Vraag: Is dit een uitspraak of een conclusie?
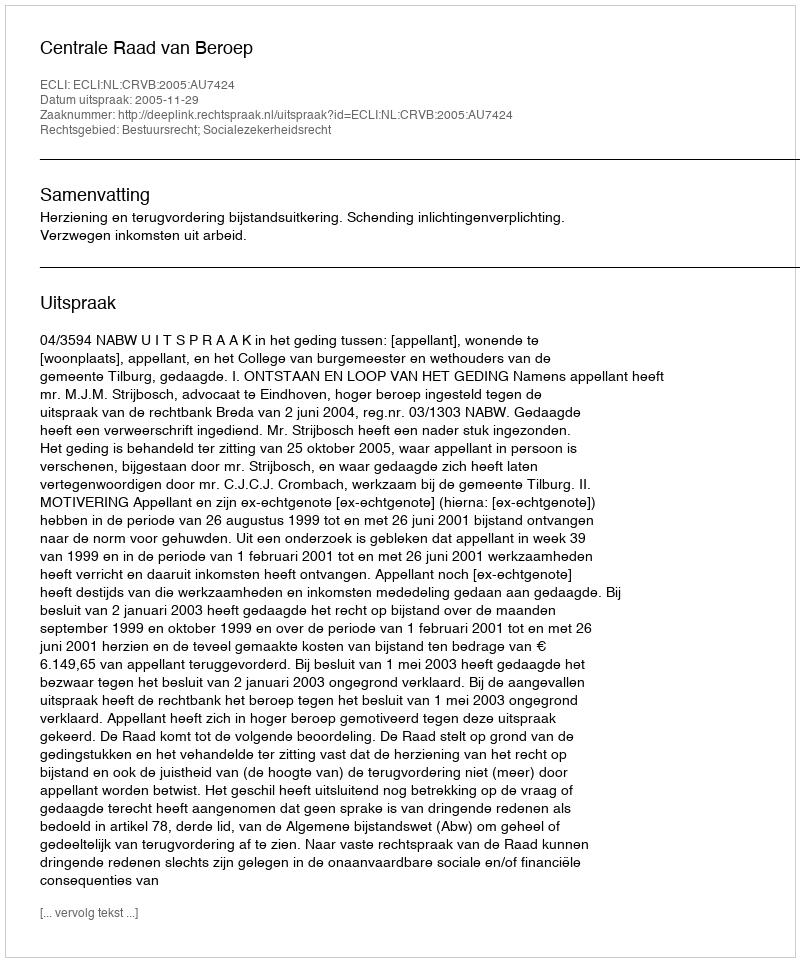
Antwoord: Uitspraak